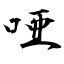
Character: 唖